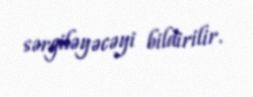
sərgiləyəcəyi bildirilir.